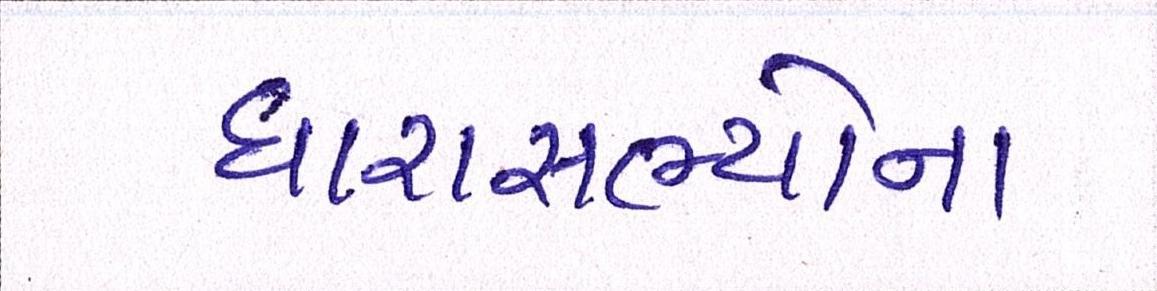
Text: ધારાસભ્યોના